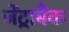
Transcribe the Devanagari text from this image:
जेंट्राबैंक